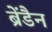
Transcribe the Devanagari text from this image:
ब्रेंडैन